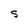
Character: S